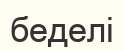
беделі